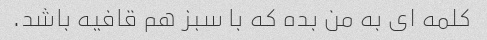
کلمه ای به من بده که با سبز هم قافیه باشد.